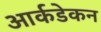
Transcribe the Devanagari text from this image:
आर्कडेकन